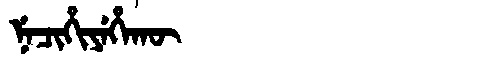
Manchu: ᠨᡝᠴᡳᡥᡳᠶᡝᡥᠠᡴᡡ
Romanization: NECIHIYEHAKŪ